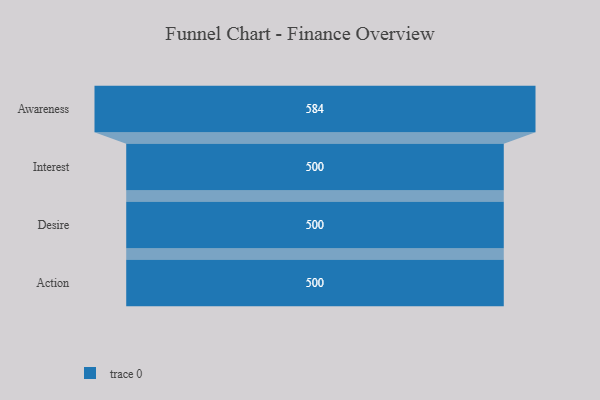
{"axis": {"x": "Stage", "y": "Value"}, "legend": [""], "data": [{"x": "Awareness", "y": 584.0, "type": ""}, {"x": "Interest", "y": 500, "type": ""}, {"x": "Desire", "y": 500, "type": ""}, {"x": "Action", "y": 500, "type": ""}]}